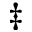
\ddagger